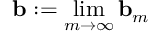
\ensuremath { \mathbf { b } } : = \operatorname* { l i m } _ { m \to \infty } \ensuremath { \mathbf { b } } _ { m }